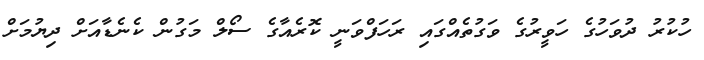
ހުކުރު ދުވަހުގެ ހަވީރުގެ ވަގުތެއްގައި ރަހަފްވަނީ ކޮރެއާގެ ސޯލް މަގުން ކެނެޑާއަށް ދިޔުމަށް